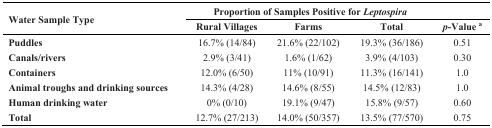
| <ROWSPAN=2> Water Sample Type | <COLSPAN=3> Proportion of Samples Positive for Leptospira |  |
 | Rural Villages | Farms | Total | p-Value a |
 | --- | --- | --- | --- | --- |
 | Puddles | 16.7% (14/84) | 21.6% (22/102) | 19.3% (36/186) | 0.51 |
 | Canals/rivers | 2.9% (3/41) | 1.6% (1/62) | 3.9% (4/103) | 0.30 |
 | Containers | 12.0% (6/50) | 11% (10/91) | 11.3% (16/141) | 1.0 |
 | Animal troughs and drinking sources | 14.3% (4/28) | 14.6% (8/55) | 14.5% (12/83) | 1.0 |
 | Human drinking water | 0% (0/10) | 19.1% (9/47) | 15.8% (9/57) | 0.60 |
 | Total | 12.7% (27/213) | 14.0% (50/357) | 13.5% (77/570) | 0.75 |